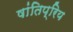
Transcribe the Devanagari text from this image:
षांतिप्रिय